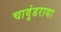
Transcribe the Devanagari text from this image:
चावुंडराया